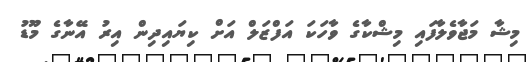
މިޝާ މަޖާވެލާފައި މިޝްކާގެ ވާހަކަ އަފްޒަލް އަށް ކިޔައިދިން އިރު އޭނާގެ މޫޑު